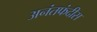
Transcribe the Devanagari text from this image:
अनंतफंदीस